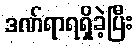
ဒဏ်ရာရရှိခဲ့ပြီး